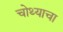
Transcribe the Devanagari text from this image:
चोथ्याचा